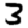
Digit: 3